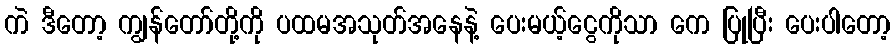
ကဲ ဒီတော့ ကျွန်တော်တို့ကို ပထမအသုတ်အနေနဲ့ ပေးမယ့်ငွေကိုသာ ကေ ပြုပြီး ပေးပါတော့